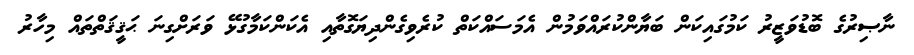
ނާޞިރުގެ ބޮޑުވަޒީރު ކަމުގައިކަން ބަޔާންކުރައްވަމުން އެމަސައްކަތް ކުރެވިގެންދިޔަގޮތާއި އެކަންކަމާގުޅޭ ވަރަށްގިނަ ޙަޤީޤަތްތައް މިހާރު